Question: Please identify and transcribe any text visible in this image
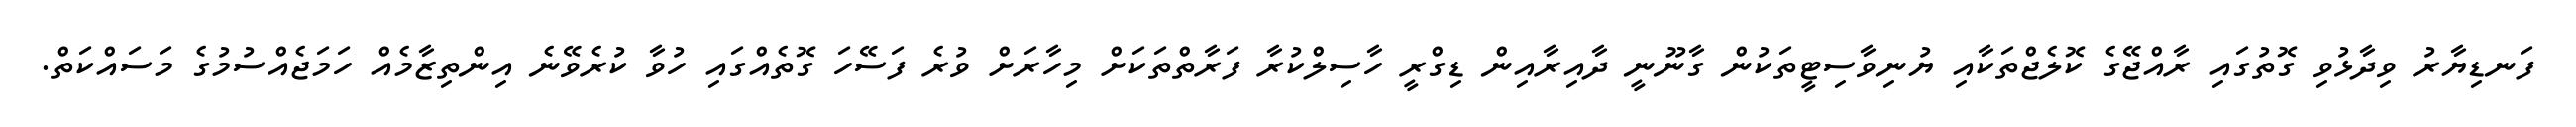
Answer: ފަނޑިޔާރު ވިދާޅުވި ގޮތުގައި ރާއްޖޭގެ ކޮލެޖްތަކާއި ޔުނިވާސިޓީތަކުން ގާނޫނީ ދާއިރާއިން ޑިގްރީ ހާސިލްކުރާ ފަރާތްތަކަށް މިހާރަށް ވުރެ ފަސޭހަ ގޮތެއްގައި ހުވާ ކުރެވޭނެ އިންތިޒާމެއް ހަމަޖެއްސުމުގެ މަސައްކަތް.